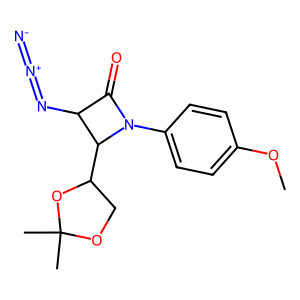
SMILES: COc1ccc(N2C(=O)C(N=[N+]=[N-])C2C2COC(C)(C)O2)cc1
Inhibits HIV replication: No